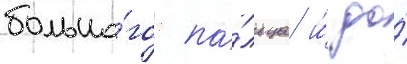
большо́го па́льца и́ до́